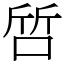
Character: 啠